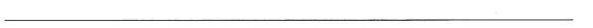
___